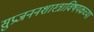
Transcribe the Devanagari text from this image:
सुप्रजननशास्त्राविषयकच्या